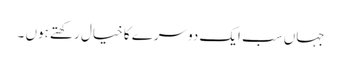
جہاں سب ایک دوسرے کا خیال رکھتے ہوں ۔